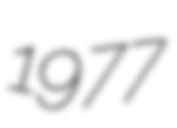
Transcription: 1977